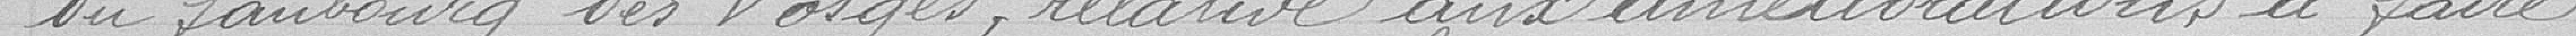
du faubourg des Vosges, relative aux améliorations à faire